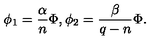
\phi _ { 1 } = \frac { \alpha } { n } \Phi , \phi _ { 2 } = \frac { \beta } { q - n } \Phi .